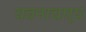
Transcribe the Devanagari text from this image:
यवनाचार्य